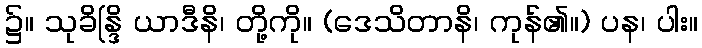
၌။ သုခိန္ဒြိ ယာဒီနိ၊ တို့ကို။ (ဒေသိတာနိ၊ ကုန်၏။) ပန၊ ပါး။